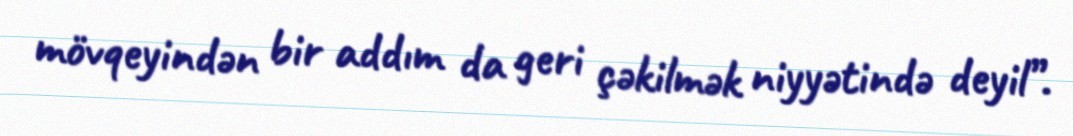
mövqeyindən bir addım da geri çəkilmək niyyətində deyil”.